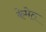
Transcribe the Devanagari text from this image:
केमेत